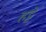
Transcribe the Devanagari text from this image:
हट्टे